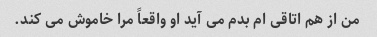
من از هم اتاقی ام بدم می آید او واقعاً مرا خاموش می کند.